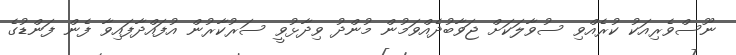
ނޫސްވެރިއަކު ކުރެއްވި ސުވާލަކަށް ޖަވާބުދެއްވަމުން މުންދު ވިދާޅުވީ ސަރުކާރުން އުފައްދާފައިވާ ފެން ފަންޑުގެ